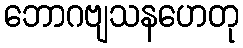
ဘောဂဗျသနဟေတု